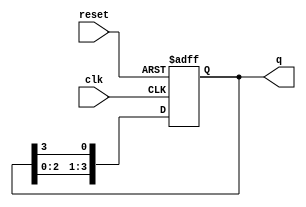
module ring_counter (
    input wire clk,      // Clock input
    input wire reset,    // Asynchronous reset input
    output reg [3:0] q   // 4-bit output
);

    // Always block triggered by the clock and reset
    always @(posedge clk or posedge reset) begin
        if (reset) begin
            // Initialize the counter to 1000 on reset
            q <= 4'b1000;
        end else begin
            // Shift the '1' to the right in a circular manner
            q <= {q[2:0], q[3]};
        end
    end

endmodule